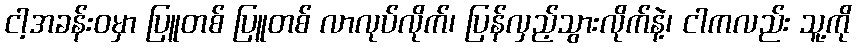
ငါ့အခန်းဝမှာ ပြူတစ် ပြူတစ် လာလုပ်လိုက်၊ ပြန်လှည့်သွားလိုက်နဲ့၊ ငါကလည်း သူ့ကို